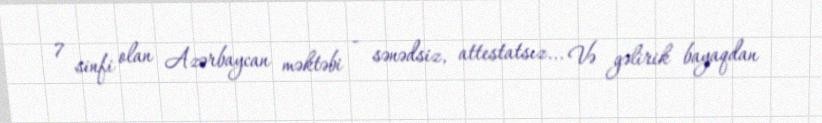
7 sinfi olan Azərbaycan məktəbi - sənədsiz, attestatsız... Və gəlirik bayaqdan